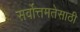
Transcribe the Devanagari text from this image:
सर्वोत्तमतेसाठी